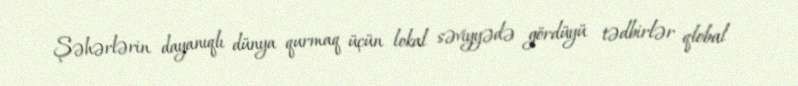
Şəhərlərin dayanıqlı dünya qurmaq üçün lokal səviyyədə gördüyü tədbirlər qlobal